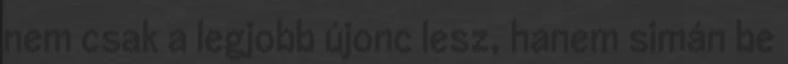
nem csak a legjobb újonc lesz, hanem simán be